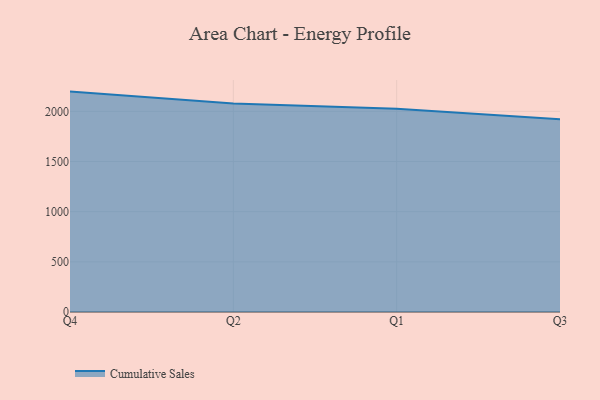
{"axis": {"x": "Quarter", "y": "Population (Million)"}, "legend": ["Cumulative Sales"], "data": [{"x": "Q4", "y": 2197.0, "type": "Cumulative Sales"}, {"x": "Q2", "y": 2079.1, "type": "Cumulative Sales"}, {"x": "Q1", "y": 2025.2, "type": "Cumulative Sales"}, {"x": "Q3", "y": 1922.3, "type": "Cumulative Sales"}]}